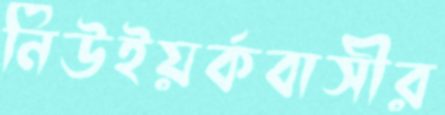
নিউইয়র্কবাসীর